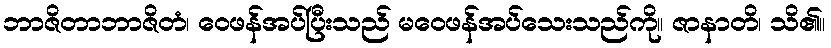
ဘာဇိတာဘာဇိတံ၊ ဝေဖန်အပ်ပြီးသည် မဝေဖန်အပ်သေးသည်ကို။ ဇာနာတိ၊ သိ၏။